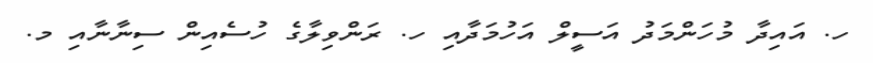
ހ. އައިދާ މުހަންމަދު އަސީލް އަހުމަދާއި ހ. ރަންވިލާގެ ހުސެއިން ސިނާނާއި މ.